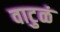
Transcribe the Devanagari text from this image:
वाटुळं